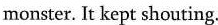
monster. It kept shouting.